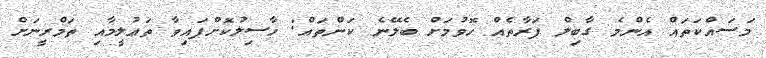
މަސައްކަތައް އެންމެ ގާބިލް ފަރާތެއް ހޮވުމަށް ބެލޭނެ ކަންތައް: ހާސިލުކޮށްފައިވާ ތަޢުލީމާއި ތަމްރީނަށް